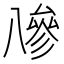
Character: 𠔭